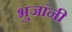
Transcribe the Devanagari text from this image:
भुजांनी